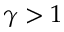
\gamma > 1